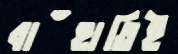
বাঁহাতিই